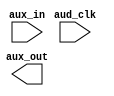
`timescale 1ns / 1ps
//////////////////////////////////////////////////////////////////////////////////
// Company: 
// Engineer: 
// 
// Design Name: 
// Module Name: overdrive
// Project Name: 
// Target Devices: 
// Tool Versions: 
// Description: 
// 
// Dependencies: 
// 
// Revision:
// Revision 0.01 - File Created
// Additional Comments:
// 
//////////////////////////////////////////////////////////////////////////////////


module overdrive(
    input aud_clk,
    input [10:0] aux_in,
    output [10:0] aux_out
    );
    
    
    
endmodule